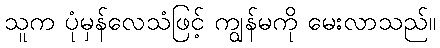
သူက ပုံမှန်လေသံဖြင့် ကျွန်မကို မေးလာသည်။